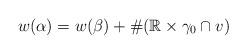
LaTeX: \begin{align*} w(\alpha)=w(\beta)+\#(\mathbb{R}\times \gamma_{0}\cap{v})\end{align*}